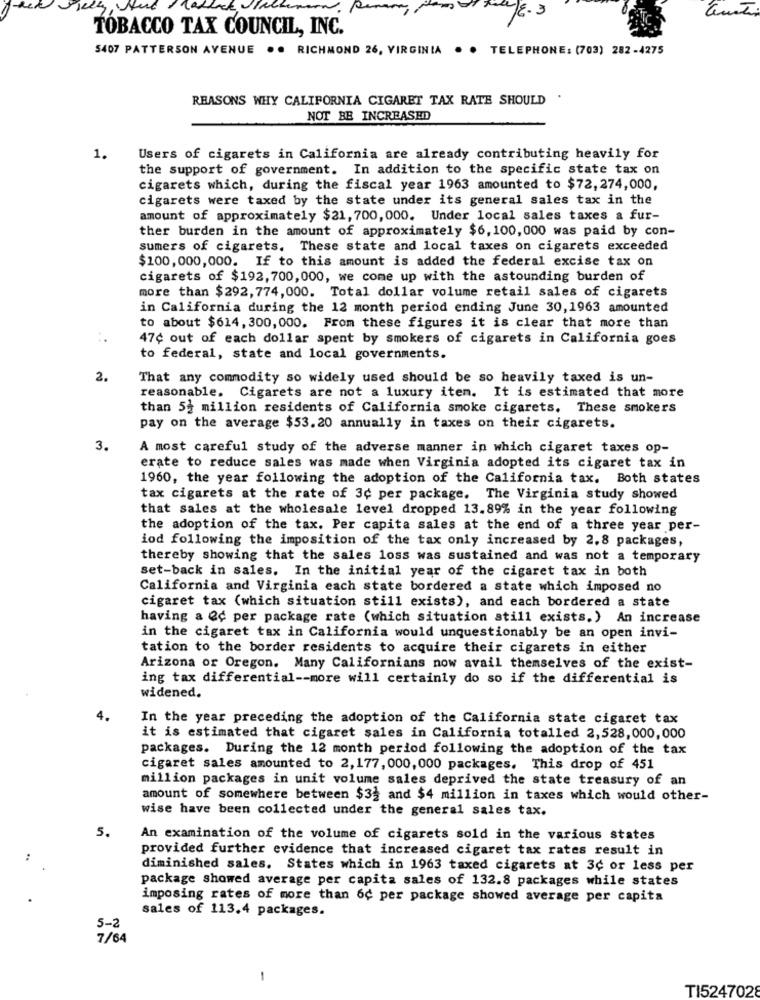
4/8.3
TOBACCO TAX COUNCIL, INC.
5407 PATTERSON AVENUE . . RICHMOND 26, VIRGINIA
. . TELEPHONE: (703) 282-4275
REASONS WHY CALIFORNIA CIGARET TAX RATE SHOULD
NOT BE INCREASED
1.
Users of cigarets in California are already contributing heavily for
the support of government. In addition to the specific state tax on
cigarets which, during the fiscal year 1963 amounted to $72, 274,000,
cigarets were taxed by the state under its general sales tax in the
amount of approximately $21, 700, 000. Under local sales taxes a fur-
ther burden in the amount of approximately $6, 100, 000 was paid by con-
sumers of cigarets. These state and local taxes on cigarets exceeded
$100, 000, 000. If to this amount is added the federal excise tax on
cigarets of $192, 700, 000, we come up with the astounding burden of
more than $292, 774, 000. Total dollar volume retail sales of cigarets
in California during the 12 month period ending June 30,1963 amounted
to about $614, 300, 000. From these figures it is clear that more than
47¢ out of each dollar spent by smokers of cigarets in California goes
to federal, state and local governments.
2.
That any commodity so widely used should be so heavily taxed is un-
reasonable. Cigarets are not a luxury item. It is estimated that more
than 5 million residents of California smoke cigarets. These smokers
pay on the average $53. 20 annually in taxes on their cigarets.
3.
A most careful study of the adverse manner in which cigaret taxes op-
erate to reduce sales was made when Virginia adopted its cigaret tax in
1960, the year following the adoption of the California tax. Both states
tax cigarets at the rate of 3c per package. The Virginia study showed
that sales at the wholesale level dropped 13.89% in the year following
the adoption of the tax. Per capita sales at the end of a three year per-
iod following the imposition of the tax only increased by 2.8 packages,
thereby showing that the sales loss was sustained and was not a temporary
set-back in sales. In the initial year of the cigaret tax in both
California and Virginia each state bordered a state which imposed no
cigaret tax (which situation still exists), and each bordered a state
having a Qc per package rate (which situation still exists.) An increase
in the cigaret tax in California would unquestionably be an open invi-
tation to the border residents to acquire their cigarets in either
Arizona or Oregon. Many Californians now avail themselves of the exist-
ing tax differential -- more will certainly do so if the differential is
widened.
4.
In the year preceding the adoption of the California state cigaret tax
it is estimated that cigaret sales in California totalled 2,528,000, 000
packages. During the 12 month period following the adoption of the tax
cigaret sales amounted to 2,177, 000, 000 packages. This drop of 451
million packages in unit volume sales deprived the state treasury of an
amount of somewhere between $32 and $4 million in taxes which would other-
wise have been collected under the general sales tax.
5.
An examination of the volume of cigarets sold in the various states
provided further evidence that increased cigaret tax rates result in
:
diminished sales. States which in 1963 taxed cigarets at 3¢ or less per
package showed average per capita sales of 132.8 packages while states
imposing rates of more than 6c per package showed average per capita
sales of 113.4 packages.
5-2
7/64
-
TI5247028